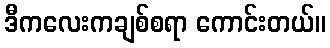
ဒီကလေးကချစ်စရာ ကောင်းတယ်။